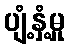
ပျံ့နှံ့မှု